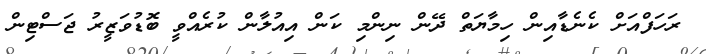
ރަހަފްއަށް ކެނެޑާއިން ހިމާޔަތް ދޭން ނިންމި ކަން އިއުލާން ކުރެއްވީ ބޮޑުވަޒީރު ޖަސްޓިން